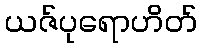
ယဇ်ပုရောဟိတ်